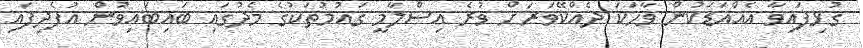
ގުޅިފައިވާ އެއްއަޑަކުން ވާހަކަ ދެއްކޭވަރަށް ވުރެ އިސްލާމީ ގައުމުތަކުގެ މެދުގައި ބައިބައިވުން އުފެދިފައި